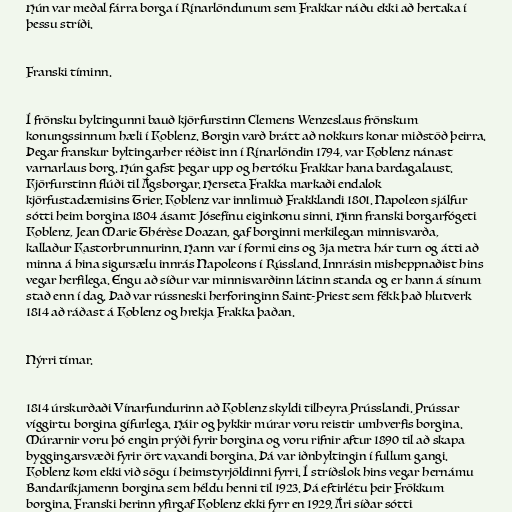
Hún var meðal fárra borga í Rínarlöndunum sem Frakkar náðu ekki að hertaka í
þessu stríði.

Franski tíminn.

Í frönsku byltingunni bauð kjörfurstinn Clemens Wenzeslaus frönskum
konungssinnum hæli í Koblenz. Borgin varð brátt að nokkurs konar miðstöð þeirra.
Þegar franskur byltingarher réðist inn í Rínarlöndin 1794, var Koblenz nánast
varnarlaus borg. Hún gafst þegar upp og hertóku Frakkar hana bardagalaust.
Kjörfurstinn flúði til Ágsborgar. Herseta Frakka markaði endalok
kjörfustadæmisins Trier. Koblenz var innlimuð Frakklandi 1801. Napoleon sjálfur
sótti heim borgina 1804 ásamt Jósefínu eiginkonu sinni. Hinn franski borgarfógeti
Koblenz, Jean Marie Thérèse Doazan, gaf borginni merkilegan minnisvarða,
kallaður Kastorbrunnurinn. Hann var í formi eins og 3ja metra hár turn og átti að
minna á hina sigursælu innrás Napoleons í Rússland. Innrásin misheppnaðist hins
vegar herfilega. Engu að síður var minnisvarðinn látinn standa og er hann á sínum
stað enn í dag. Það var rússneski herforinginn Saint-Priest sem fékk það hlutverk
1814 að ráðast á Koblenz og hrekja Frakka þaðan.

Nýrri tímar.

1814 úrskurðaði Vínarfundurinn að Koblenz skyldi tilheyra Prússlandi. Prússar
víggirtu borgina gífurlega. Háir og þykkir múrar voru reistir umhverfis borgina.
Múrarnir voru þó engin prýði fyrir borgina og voru rifnir aftur 1890 til að skapa
byggingarsvæði fyrir ört vaxandi borgina. Þá var iðnbyltingin í fullum gangi.
Koblenz kom ekki við sögu í heimstyrjöldinni fyrri. Í stríðslok hins vegar hernámu
Bandaríkjamenn borgina sem héldu henni til 1923. Þá eftirlétu þeir Frökkum
borgina. Franski herinn yfirgaf Koblenz ekki fyrr en 1929. Ári síðar sótti